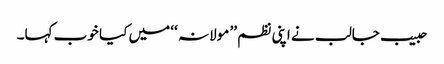
حبیب جالب نے اپنی نظم ’’ مولانہ ‘‘ میں کیا خوب کہا۔